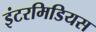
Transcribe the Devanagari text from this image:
इंटरमिडियस